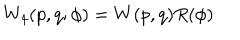
W _ { 4 } ( p , q ; \phi ) = W ( p , q ) R ( \phi )